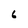
Character: 6